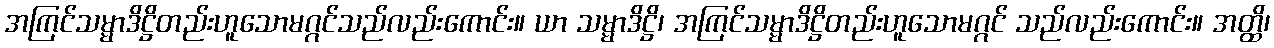
အကြင်သမ္မာဒိဋ္ဌိတည်းဟူသောမဂ္ဂင်သည်လည်းကောင်း။ ယာ သမ္မာဒိဋ္ဌိ၊ အကြင်သမ္မာဒိဋ္ဌိတည်းဟူသောမဂ္ဂင် သည်လည်းကောင်း။ အတ္ထိ၊